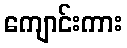
ကျောင်းကား